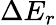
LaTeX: \Delta E_{r}